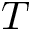
T